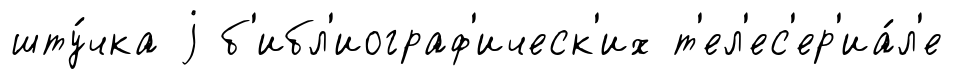
шту́чка j б'ибл'иограф'ическ'их т'ел'ес'ер'иа́л'е